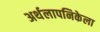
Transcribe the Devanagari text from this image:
अर्थलापनिकेला